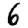
Digit: 6